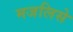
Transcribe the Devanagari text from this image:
मजलिसे